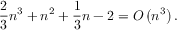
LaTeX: { \frac { 2 } { 3 } } n ^ { 3 } + n ^ { 2 } + { \frac { 1 } { 3 } } n - 2 = O \left( n ^ { 3 } \right) .